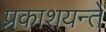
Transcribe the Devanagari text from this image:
प्रकाशयन्ते